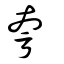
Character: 夸